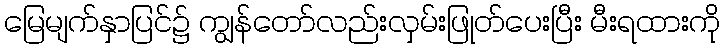
မြေမျက်နှာပြင်၌ ကျွန်တော်လည်းလှမ်းဖြုတ်ပေးပြီး မီးရထားကို